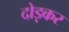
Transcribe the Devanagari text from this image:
दोड़कर